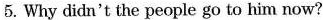
5. Why didn't the people go to him now?